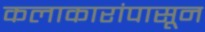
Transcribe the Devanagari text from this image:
कलाकारांपासून